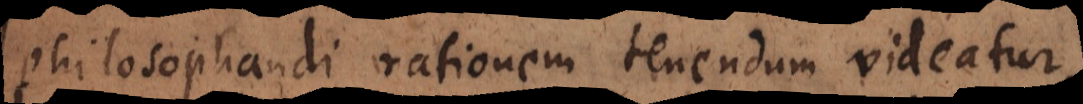
philosophandi rationem tenendum videatur,